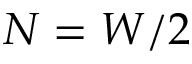
N = W / 2